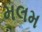
મલમ